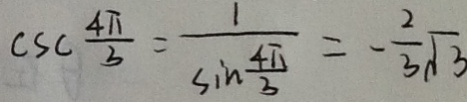
c s c \frac { 4 \pi } { 3 } = \frac { 1 } { \sin \frac { 4 \pi } { 3 } } = - \frac { 2 } { 3 } \sqrt { 3 }